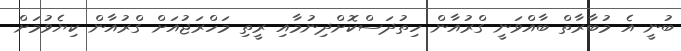
ބުނީ އެ މުބާރާތް ބާއްވަނީ ގްރުއާން ހިތުދަސްކޮށްދިނުމާއި ރީތި މަހްރަޖުއަށް ގްރުއާން ކިޔެވުމަށް